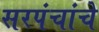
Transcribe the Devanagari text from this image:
सरपंचांचे